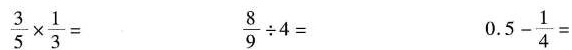
$$\frac { 3 } { 5 } \times \frac { 1 } { 3 } =$$ $$\frac { 8 } { 9 } \div 4 =$$ $$0 . 5 - \frac { 1 } { 4 } =$$